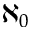
\aleph _ { 0 }